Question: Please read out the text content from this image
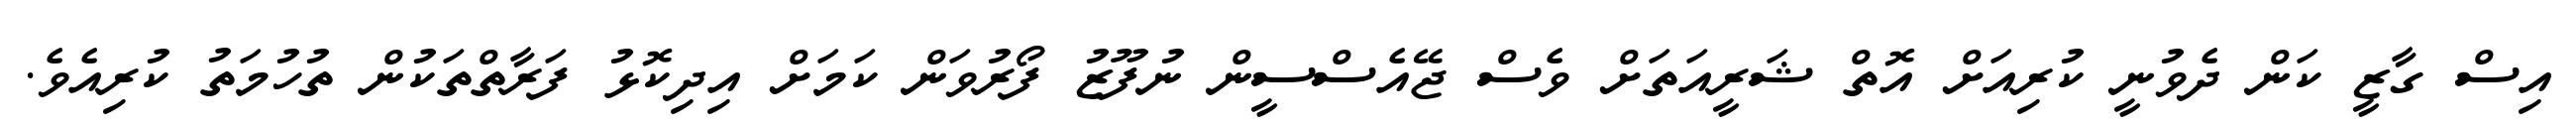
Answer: އިސް ގާޒީ ކަން ދެވުނީ ކުރިއަށް އޮތް ޝަރީއަތަށް ވެސް ޖޭއެސްސީން ނުފޫޒު ފޯރުވަން ކަމަށް އިދިކޮޅު ފަރާތްތަކުން ތުހުމަތު ކުރިއެވެ.